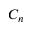
C _ { n }